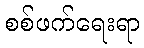
စစ်ဖက်ရေးရာ